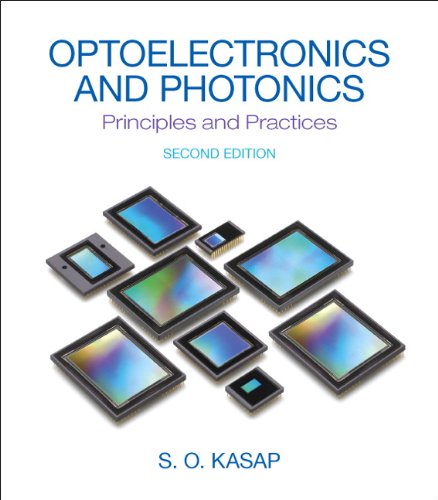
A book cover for Optoelectronics & Photonics: Principles & Practices (2nd Edition); Safa O. Kasap; Science & Math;